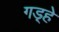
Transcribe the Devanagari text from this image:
गड़्हे